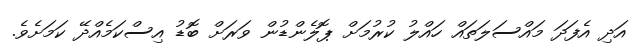
އަދި އެފަދަ މައްސަލަތައް ހައްލު ކުރުމަށް ޕޮލެންޑުން ވަރަށް ބޮޑު އިސްކަމެއްދޭ ކަމަށެވެ.